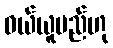
ဝယ်ယူမည်ဟု